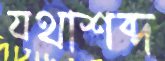
যথাশব্দ